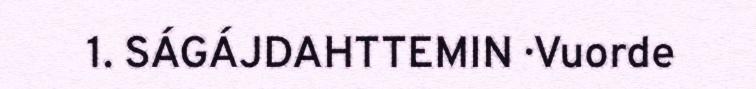
1. SÁGÁJDAHTTEMIN · Vuorde